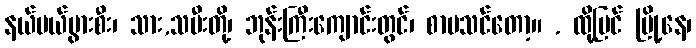
နယ်ပယ်ပွားစီး၊ သား,သမီးတို့၊ ဘုန်းကြီးကျောင်းတွင်၊ စာမသင်တော့။ . ထို့ပြင် မြို့နေ၊